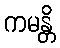
ကမန္တိ